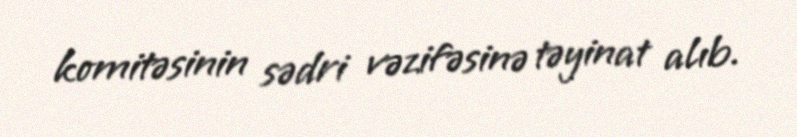
komitəsinin sədri vəzifəsinə təyinat alıb.